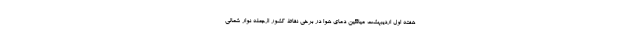
هفته اول اردیبهشت میانگین دمای هوا در برخی نقاط کشور ازجمله نوار شمالی